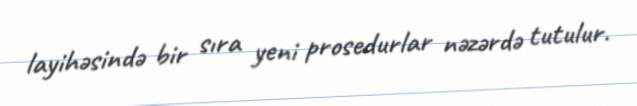
layihəsində bir sıra yeni prosedurlar nəzərdə tutulur.